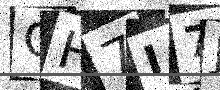
Text: CH7I7J